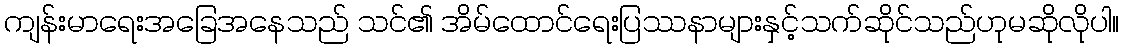
ကျန်းမာရေးအခြေအနေသည် သင်၏ အိမ်ထောင်ရေးပြဿနာများနှင့်သက်ဆိုင်သည်ဟုမဆိုလိုပါ။